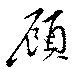
顧